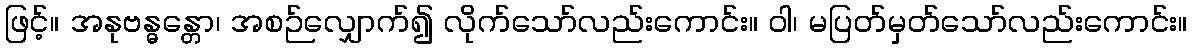
ဖြင့်။ အနုဗန္ဓန္တော၊ အစဉ်လျှောက်၍ လိုက်သော်လည်းကောင်း။ ဝါ၊ မပြတ်မှတ်သော်လည်းကောင်း။